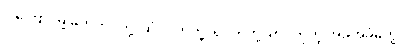
ဒါကြောင့်မို့ မိတ်ကပ်တို့၊ ဆံပင်တုတို့၊ ရင်တုတို့၊ တင်တုတို့ အခုအခံတွေ